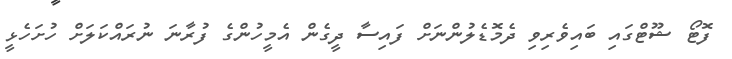
ފޮޓޯ ޝޫޓްގައި ބައިވެރިވި ދެމޮޑެލުންނަށް ފައިސާ ދީގެން އެމީހުންގެ ފުރާނަ ނުރައްކަލަށް ހުށަހެޅީ